Report of the Bombay Veterinary College
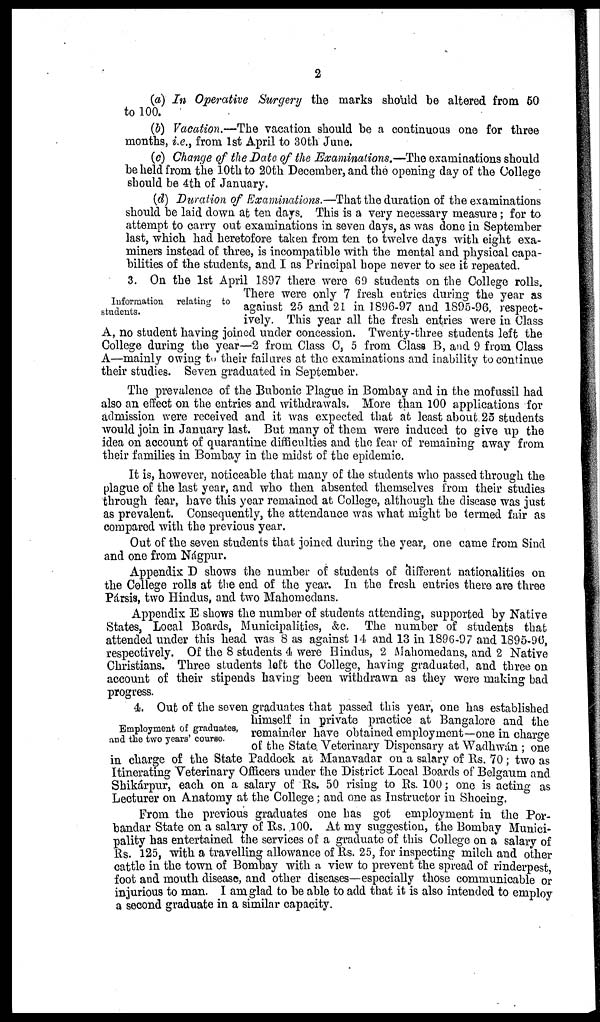
2
(a) In Operative Surgery the marks should be altered from 50
to 100.
(b) Vacation.—The vacation should be a continuous one for three
months, i.e., from 1st April to 30th June.
(c) Change of the Date of the Examinations.—The examinations should
be held from the 10th to 20th December, and the opening day of the College
should be 4th of January.
(d) Duration of Examinations.—That the duration of the examinations
should be laid down at ten days. This is a very necessary measure; for to
attempt to carry out examinations in seven days, as was done in September
last, which had heretofore taken from ten to twelve days with eight exa-
miners instead of three, is incompatible with the mental and physical capa-
bilities of the students, and I as Principal hope never to see it repeated.
Information relating to
students.
3. On the 1st April 1897 there were 69 students on the College rolls.
There were only 7 fresh entries during the year as
against 25 and 21 in 1896-97 and 1895-96, respect-
ively. This year all the fresh entries were in Class
A, no student having joined under concession. Twenty-three students left the
College during the year—2 from Class C, 5 from Class B, and 9 from Class
A—mainly owing to their failures at the examinations and inability to continue
their studies. Seven graduated in September.
The prevalence of the Bubonic Plague in Bombay and in the mofussil had
also an effect on the entries and withdrawals. More than 100 applications for
admission were received and it was expected that at least about 25 students
would join in January last. But many of them were induced to give up the
idea on account of quarantine difficulties and the fear of remaining away from
their families in Bombay in the midst of the epidemic.
It is, however, noticeable that many of the students who passed through the
plague of the last year, and who then absented themselves from their studies
through fear, have this year remained at College, although the disease was just
as prevalent. Consequently, the attendance was what might be termed fair as
compared with the previous year.
Out of the seven students that joined during the year, one came from Sind
and one from Nágpur.
Appendix D shows the number of students of different nationalities on
the College rolls at the end of the year. In the fresh entries there are three
Pársis, two Hindus, and two Mahomedans.
Appendix E shows the number of students attending, supported by Native
States, Local Boards, Municipalities, &c. The number of students that
attended under this head was 8 as against 14 and 13 in 1896-97 and 1895-96,
respectively. Of the 8 students 4 were Hindus, 2 Mahomedans, and 2 Native
Christians. Three students left the College, having graduated, and three on
account of their stipends having been withdrawn as they were making bad
progress.
Employment of graduates,
and the two years' course.
4. Out of the seven graduates that passed this year, one has established
himself in private practice at Bangalore and the
remainder have obtained employment—one in charge
of the State. Veterinary Dispensary at Wadhwán ; one
in charge of the State Paddock at Manavadar on a salary of Rs. 70 ; two as
Itinerating Veterinary Officers under the District Local Boards of Belgaum and
Shikárpur, each on a salary of Rs. 50 rising to Rs. 100; one is acting as
Lecturer on Anatomy at the College ; and one as Instructor in Shoeing.
From the previous graduates one has got employment in the Por-
bandar State on a salary of Rs. .100. At my suggestion, the Bombay Munici-
pality has entertained the services of a graduate of this College on a salary of
Rs. 125, with a travelling allowance of Rs. 25, for inspecting milch and other
cattle in the town of Bombay with a view to prevent the spread of rinderpest,
foot and mouth disease, and other diseases—especially those communicable or
injurious to man. I am glad to be able to add that it is also intended to employ
a second graduate in a similar capacity.